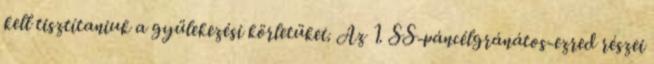
kell tisztítaniuk a gyülekezési körletüket. Az 1. SS-páncélgránátos-ezred részei